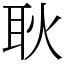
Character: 耿